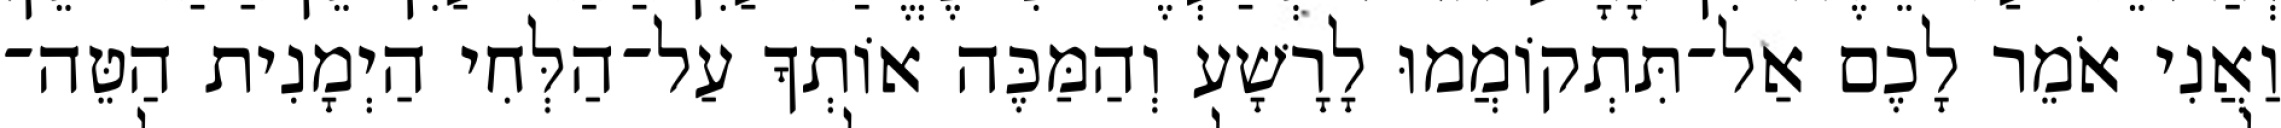
וַאֲנִי אֹמֵר לָכֶם אַל־תִּתְקוֹמֲמוּ לָרָשָׁע וְהַמַּכֶּה אוֹתְךָ עַל־הַלְּחִי הַיְמָנִית הַטֵּה־